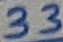
Text: 33